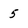
Character: 5